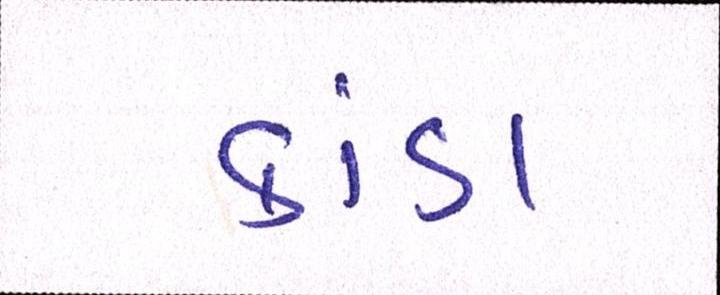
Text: કાંડા